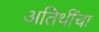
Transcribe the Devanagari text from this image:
अतिथींचा